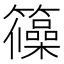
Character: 𮆺